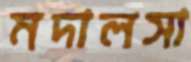
মদালসা